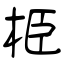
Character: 栕